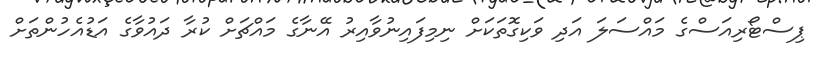
ޕިސްޓޯރިއަސްގެ މައްސަލަ އަދި ވަކިގޮތަކަށް ނިމިފައިނުވާއިރު އޭނާގެ މައްޗަށް ކުރާ ދައުވާގެ އަޑުއެހުންތަށް